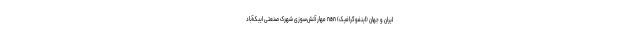
ایران و جهان (اینفوگرافیک) nan مهار آتش‌سوزی شهرک صنعتی ایبک‌آباد